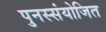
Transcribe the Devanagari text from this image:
पुनस्संयोजित